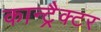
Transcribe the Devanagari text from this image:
कान्ट्रैक्टर